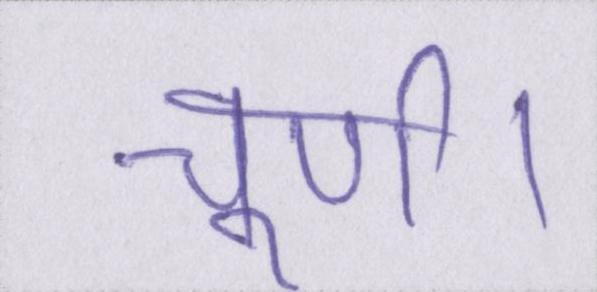
चूर्ण।